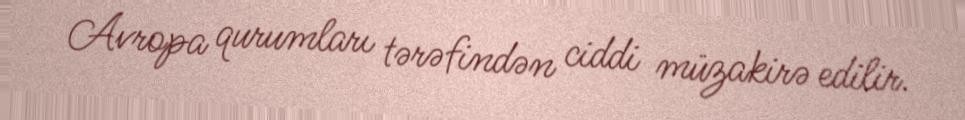
Avropa qurumları tərəfindən ciddi müzakirə edilir.